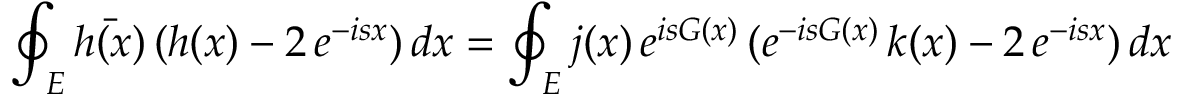
\oint _ { E } \bar { h ( x ) } \, ( h ( x ) - 2 \, e ^ { - i s x } ) \, d x = \oint _ { E } j ( x ) \, e ^ { i s G ( x ) } \, ( e ^ { - i s G ( x ) } \, k ( x ) - 2 \, e ^ { - i s x } ) \, d x